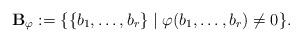
LaTeX: \begin{align*}{\mathbf B}_\varphi := \{ \{ b_1,\ldots,b_r \} \; | \; \varphi(b_1,\ldots,b_r) \neq 0 \}.\end{align*}